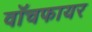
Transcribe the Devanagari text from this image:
वॉचफायर